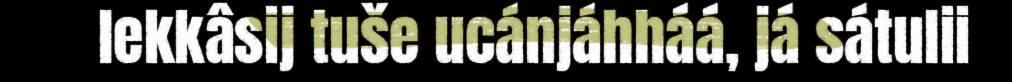
lekkâsij tuše ucánjáhháá, já sátulii